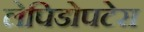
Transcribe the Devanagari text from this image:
लेपिडोपटेरा